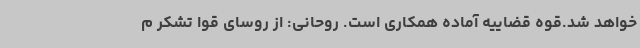
خواهد شد.قوه قضاییه آماده همکاری است. روحانی: از روسای قوا تشکر م